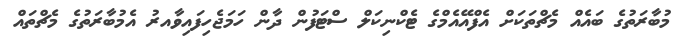
މުބާރަތުގެ ބައެއް މެޗްތަކަށް އެފްއޭއެމްގެ ޓެކްނިކަލް ސްޓަފުން ދާން ހަމަޖެހިފައިވާއރު އެމުބާރަތުގެ މެޗްތައް